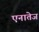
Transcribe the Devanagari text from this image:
एनातेज